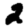
Digit: 2